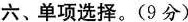
六、单项选择。(9分)